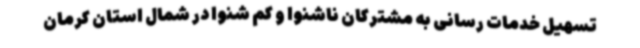
تسهیل خدمات رسانی به مشترکان ناشنوا و کم شنوا در شمال استان کرمان